Civil Veterinary Department Bengal reports 1923-33 - 1923-1933
Year: 1923
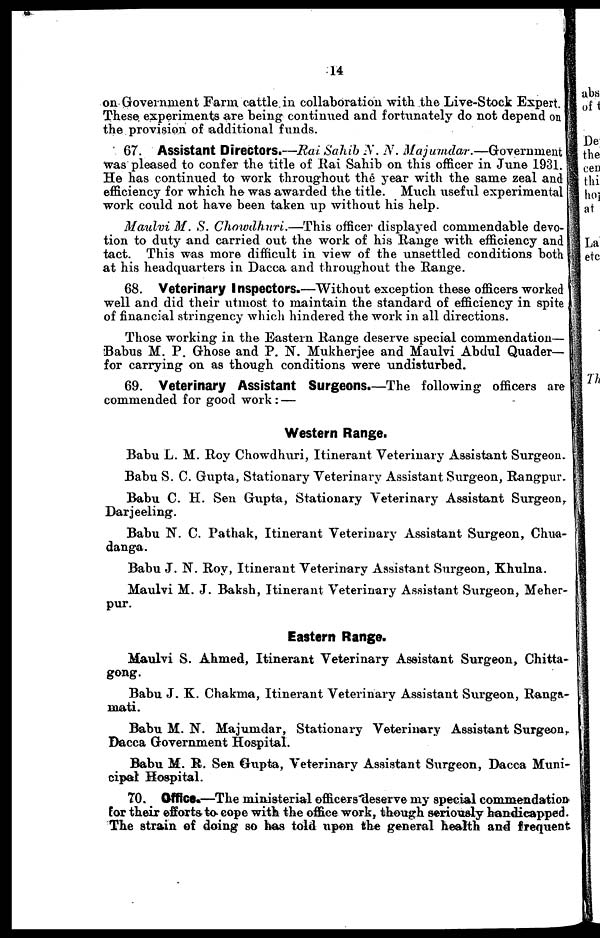
14
on Government Farm cattle in collaboration with the Live-Stock Expert.
These experiments are being continued and fortunately do not depend on
the provision of additional funds.
67. Assistant Directors.—Rai Sahib .N. N.
Majumdar.—Government
was pleased to confer the title of Rai Sahib on this officer in June 1931.
He has continued to work throughout thé year with the same zeal and
efficiency for which he was awarded the title. Much useful experimental
work could not have been taken up without his help.
Maulvi M. S. Chowdhuri.—This
officer displayed commendable devo-
tion to duty and carried out the work of his Range with efficiency and
tact. This was more difficult in view of the unsettled conditions both
at his headquarters in Dacca and throughout the Range.
68. Veterinary Inspectors.—Without exception these officers worked
well and did their utmost to maintain the standard of efficiency in spite
of financial stringency which hindered the work in all directions.
Those working in the Eastern Range deserve special commendation—
Babus M. P. Ghose and P. N. Mukherjee and Maulvi Abdul Quader—
for carrying on as though conditions were undisturbed.
69. Veterinary Assistant Surgeons.—The following officers are
commended for good work:—
Western Range.
Babu L. M. Roy Chowdhuri, Itinerant Veterinary Assistant Surgeon.
Babu S. C. Gupta, Stationary Veterinary Assistant Surgeon, Rangpur.
Babu C. H. Sen Gupta, Stationary Veterinary Assistant Surgeon,
Darjeeling.
Babu N. C. Pathak, Itinerant Veterinary Assistant Surgeon, Chua-
danga.
Babu J. N. Roy, Itinerant Veterinary Assistant Surgeon, Khulna.
Maulvi M. J. Baksh, Itinerant Veterinary Assistant Surgeon, Meher-
pur.
Eastern Range.
Maulvi S. Ahmed, Itinerant Veterinary Assistant Surgeon, Chitta-
gong.
Babu J. K. Chakma, Itinerant Veterinary Assistant Surgeon, Ranga-
mati.
Babu M. N. Majumdar, Stationary Veterinary Assistant Surgeon,
Dacca Government Hospital.
Babu M. R. Sen Gupta, Veterinary Assistant Surgeon, Dacca Muni-
cipal Hospital.
70. Office.—The ministerial officers deserve my special commendation
for their efforts to cope with the office work, though seriously hondicapped.
The strain of doing so has told upon the general health and frequent